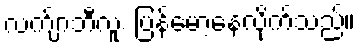
လက်ျာဘီလူး ပြန်မော့နေလိုက်သည်။